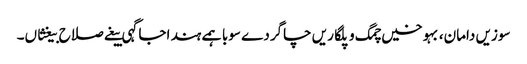
سوزیں دامان، بہوخیں چمگ و پلگاریں چاگردے سوبا ہمے ہند اجاگہی بیغے صلاح بیغثاں۔